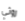
روثي